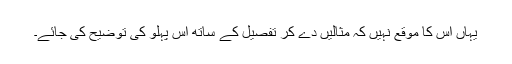
یہاں اس کا موقع نہیں کہ مثالیں دے کر تفصیل کے ساتھ اس پہلو کی توضیح کی جائے۔